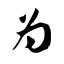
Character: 为